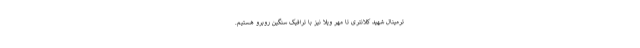
ترمینال شهید کلانتری تا مهر ویلا نیز با ترافیک سنگین روبرو هستیم.